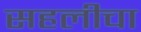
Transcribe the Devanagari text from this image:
सहलीचा